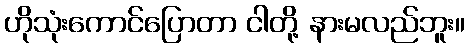
ဟိုသုံးကောင်ပြောတာ ငါတို့ နားမလည်ဘူး။